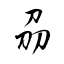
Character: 刕